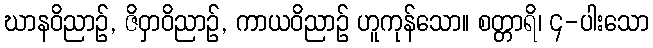
ဃာနဝိညာဉ်, ဇိဝှာဝိညာဉ်, ကာယဝိညာဉ် ဟူကုန်သော။ စတ္တာရိ၊ ၄-ပါးသော